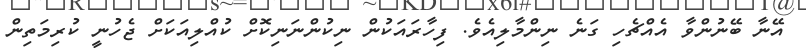
އޭނާ ބޭނުންވާ އެއްޗެހި ގަނެ ނިންމާލިއެވެ. ފިހާރައަކުން ނިކުންނަނިކޮށް ކުއްލިއަކަށް ޖެހުނީ ކުރިމަތިން